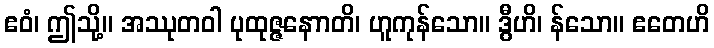
ဧဝံ၊ ဤသို့။ အဿုတဝါ ပုထုဇ္ဇနောာတိ၊ ဟူကုန်သော။ ဒွီဟိ၊ န်သော။ ဧတေဟိ